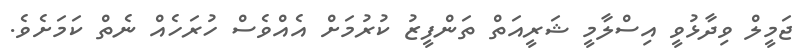
ޖަމީލް ވިދާޅުވީ އިސްލާމީ ޝަރީއަތް ތަންފީޒު ކުރުމަށް އެއްވެސް ހުރަހެއް ނެތް ކަމަށެވެ.